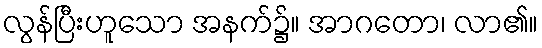
လွန်ပြီးဟူသော အနက်၌။ အာဂတော၊ လာ၏။